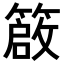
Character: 𥳃